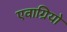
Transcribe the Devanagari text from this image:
एवाग्रियो